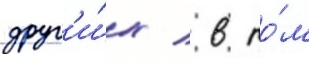
друг'и́х / в то́м